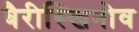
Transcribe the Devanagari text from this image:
बैरीस्खिनोव